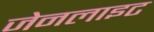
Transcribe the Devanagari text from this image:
जेनलाइट